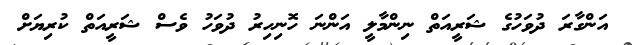
އަންގާރަ ދުވަހުގެ ޝަރީއަތް ނިންމާލީ އަންނަ ހޮނިހިރު ދުވަހު ވެސް ޝަރީއަތް ކުރިޔަށް